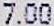
7.00